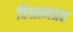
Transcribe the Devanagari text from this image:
विश्रामग्रह